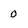
Character: 0